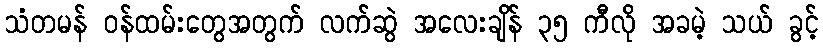
သံတမန် ဝန်ထမ်းတွေအတွက် လက်ဆွဲ အလေးချိန် ၃၅ ကီလို အခမဲ့ သယ် ခွင့်